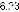
6.23